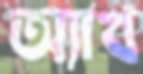
অ্যাখ